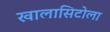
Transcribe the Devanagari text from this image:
खालासिटोला